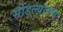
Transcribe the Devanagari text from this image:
सोडल्यातच